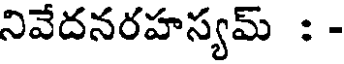
నివేదనరహస్యమ్ : -